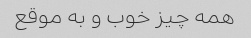
همه چیز خوب و به موقع